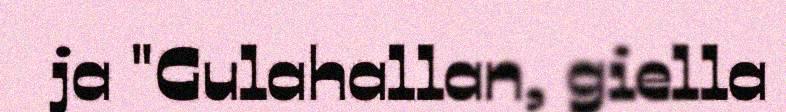
ja "Gulahallan, giella